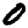
Digit: 0